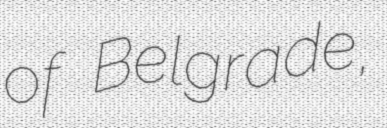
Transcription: of Belgrade,